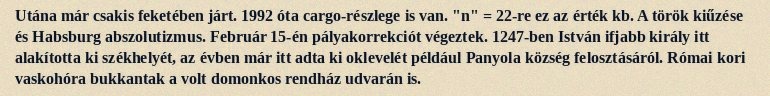
Utána már csakis feketében járt. 1992 óta cargo-részlege is van. "n" = 22-re ez az érték kb. A török kiűzése és Habsburg abszolutizmus. Február 15-én pályakorrekciót végeztek. 1247-ben István ifjabb király itt alakította ki székhelyét, az évben már itt adta ki oklevelét például Panyola község felosztásáról. Római kori vaskohóra bukkantak a volt domonkos rendház udvarán is.